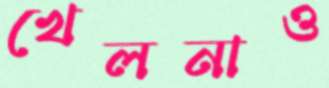
খেলনাও